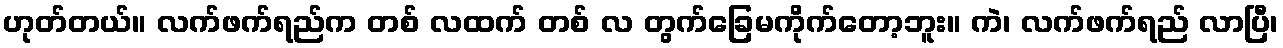
ဟုတ်တယ်။ လက်ဖက်ရည်က တစ် လထက် တစ် လ တွက်ခြေမကိုက်တော့ဘူး။ ကဲ၊ လက်ဖက်ရည် လာပြီ၊